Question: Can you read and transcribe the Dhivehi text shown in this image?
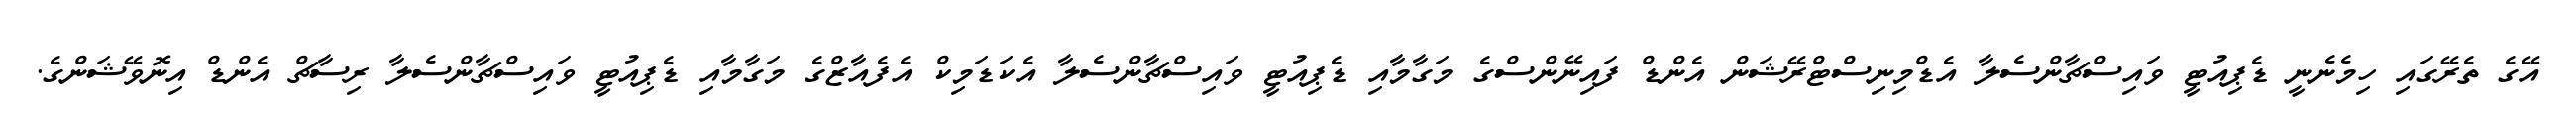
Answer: އޭގެ ތެރޭގައި ހިމެނެނީ ޑެޕިއުޓީ ވައިސްޗާންސެލާ އެޑްމިނިސްޓްރޭޝަން އެންޑް ފައިނޭންސްގެ މަގާމާއި ޑެޕިއުޓީ ވައިސްޗާންސެލާ އެކަޑަމިކް އެފެއާޒްގެ މަގާމާއި ޑެޕިއުޓީ ވައިސްޗާންސެލާ ރިސާޗް އެންޑް އިނޮވޭޝަންގެ.